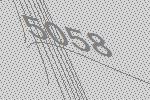
5058